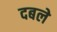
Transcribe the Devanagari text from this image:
दबले